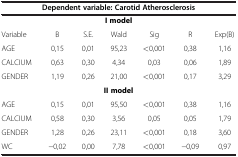
<table><thead><tr><td colspan="7"><b>Dependent variable: Carotid Atherosclerosis</b></td></tr></thead><tbody><tr><td colspan="7"><b>I model</b></td></tr><tr><td>Variable</td><td>B</td><td>S.E.</td><td>Wald</td><td>Sig</td><td>R</td><td>Exp(B)</td></tr><tr><td>AGE</td><td>0,15</td><td>0,01</td><td>95,23</td><td>&lt;0,001</td><td>0,38</td><td>1,16</td></tr><tr><td>CALCIUM</td><td>0,63</td><td>0,30</td><td>4,34</td><td>0,03</td><td>0,06</td><td>1,89</td></tr><tr><td>GENDER</td><td>1,19</td><td>0,26</td><td>21,00</td><td>&lt;0,001</td><td>0,17</td><td>3,29</td></tr><tr><td colspan="7"><b>II model</b></td></tr><tr><td>AGE</td><td>0,15</td><td>0,01</td><td>95,50</td><td>&lt;0,001</td><td>0,38</td><td>1,16</td></tr><tr><td>CALCIUM</td><td>0,58</td><td>0,30</td><td>3,56</td><td>0,05</td><td>0,05</td><td>1,79</td></tr><tr><td>GENDER</td><td>1,28</td><td>0,26</td><td>23,11</td><td>&lt;0,001</td><td>0,18</td><td>3,60</td></tr><tr><td>WC</td><td>−0,02</td><td>0,00</td><td>7,78</td><td>&lt;0,001</td><td>−0,09</td><td>0,97</td></tr></tbody></table>